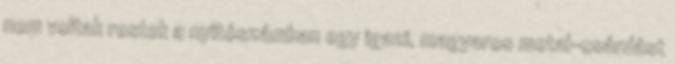
nem voltak restek a nyitószámban egy igazi, magyaros metal-csárdást